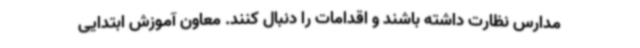
مدارس نظارت داشته باشند و اقدامات را دنبال کنند. معاون آموزش ابتدایی